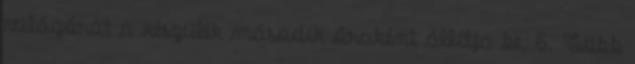
világórát a készülék második óraként állítja be. 6. Több